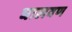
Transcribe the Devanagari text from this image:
घालवण